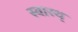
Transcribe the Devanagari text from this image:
स्वास्थ्